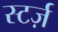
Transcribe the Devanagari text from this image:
स्टर्ज़